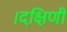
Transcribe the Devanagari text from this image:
।दक्षिणी